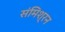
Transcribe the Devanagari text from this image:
संमिश्रन